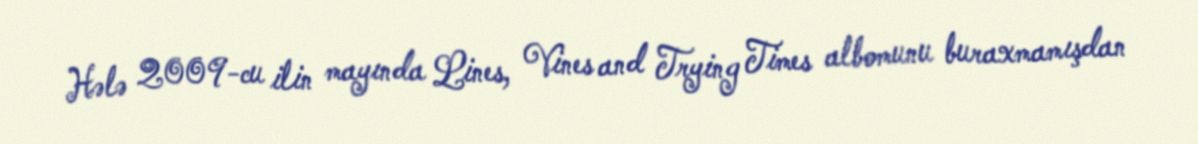
Hələ 2009-cu ilin mayında Lines, Vines and Trying Times albomunu buraxmamışdan